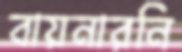
বায়নারনি